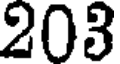
203